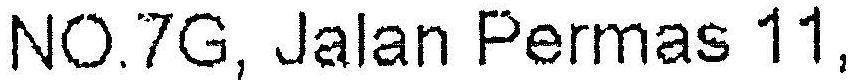
NO.7G, JALAN PERMAS 11,